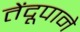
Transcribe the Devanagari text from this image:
तेंदूपाने